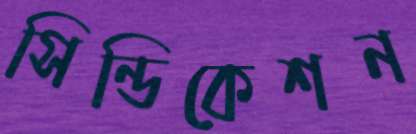
সিন্ডিকেশন